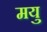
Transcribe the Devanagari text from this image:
मयु